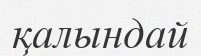
қалындай